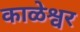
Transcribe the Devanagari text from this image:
काळेश्वर